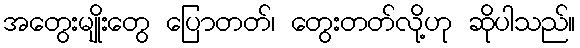
အတွေးမျိုးတွေ ပြောတတ်၊ တွေးတတ်လို့ဟု ဆိုပါသည်။